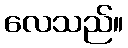
လေသည်။